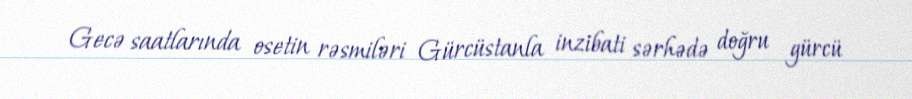
Gecə saatlarında osetin rəsmiləri Gürcüstanla inzibati sərhədə doğru gürcü